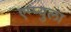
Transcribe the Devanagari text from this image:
एम्प्युला